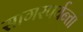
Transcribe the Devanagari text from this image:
सागरपर्यन्तां